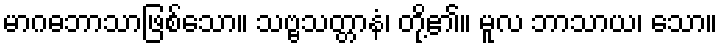
မာဂဓဘာသာဖြစ်သော။ သဗ္ဗသတ္တာနံ၊ တို့၏။ မူလ ဘာသာယ၊ သော။